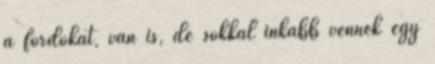
a fordokat, van is, de sokkal inkább vennék egy